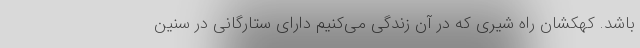
باشد. کهکشان راه شیری که در آن زندگی می‌کنیم دارای ستارگانی در سنین